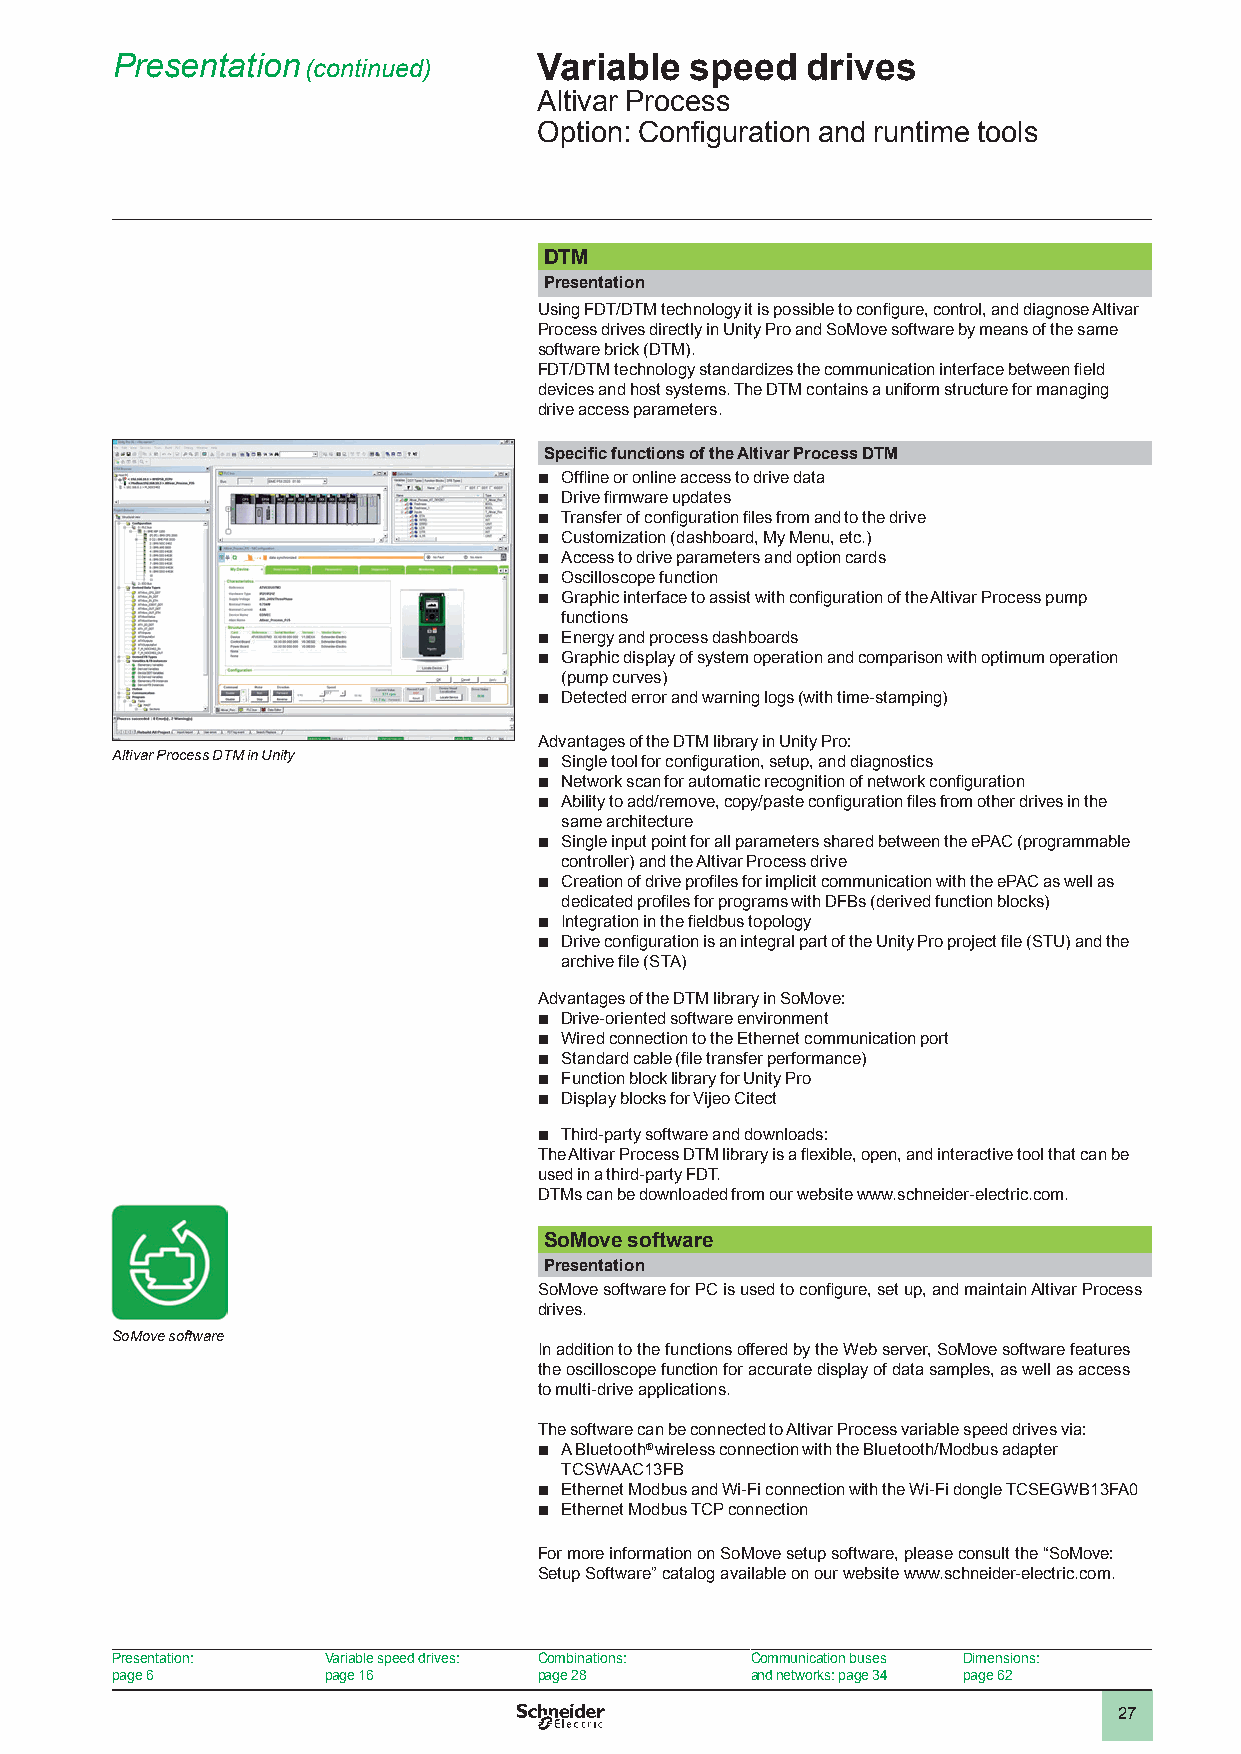
Presentation (continued)     Variable  speed  drives
 Altivar Process
 Option: Configuration and runtime tools
 DTM
 Presentation
 Using FDT/DTM technology it is possible to configure, control, and diagnose Altivar
 Process drives directly in Unity Pro and SoMove software by means of the same
 software brick (DTM).
 FDT/DTM technology standardizes the communication interface between field
 devices and host systems. The DTM contains a uniform structure for managing
 drive access parameters.
 Specific functions of the Altivar Process DTM
 b Offline or online access to drive data
 b Drive firmware updates
 b Transfer of configuration files from and to the drive
 b Customization (dashboard, My Menu, etc.)
 b Access to drive parameters and option cards
 b Oscilloscope function
 b Graphic interface to assist with configuration of the Altivar Process pump
 functions
 b Energy and process dashboards
 b Graphic display of system operation and comparison with optimum operation
 (pump curves)
 b Detected error and warning logs (with time-stamping)
 Advantages of the DTM library in Unity Pro:
 Altivar Process DTM in Unity b Single tool for configuration, setup, and diagnostics
 b Network scan for automatic recognition of network configuration
 b Ability to add/remove, copy/paste configuration files from other drives in the
 same architecture
 b Single input point for all parameters shared between the ePAC (programmable
 controller) and the Altivar Process drive
 b Creation of drive profiles for implicit communication with the ePAC as well as
 dedicated profiles for programs with DFBs (derived function blocks)
 b Integration in the fieldbus topology
 b Drive configuration is an integral part of the Unity Pro project file (STU) and the
 archive file (STA)
 Advantages of the DTM library in SoMove:
 b Drive-oriented software environment
 b Wired connection to the Ethernet communication port
 b Standard cable (file transfer performance)
 b Function block library for Unity Pro
 b Display blocks for Vijeo Citect
 b Third-party software and downloads:
 The Altivar Process DTM library is a flexible, open, and interactive tool that can be
 used in a third-party FDT.
 DTMs can be downloaded from our website www.schneider-electric.com.
 SoMove software
 Presentation
 SoMove software for PC is used to configure, set up, and maintain Altivar Process
 drives.
 SoMove software
 In addition to the functions offered by the Web server, SoMove software features
 the oscilloscope function for accurate display of data samples, as well as access
 to multi-drive applications.
 The software can be connected to Altivar Process variable speed drives via:
 b A Bluetooth® wireless connection with the Bluetooth/Modbus adapter
 TCSWAAC13FB
 b Ethernet Modbus and Wi-Fi connection with the Wi-Fi dongle TCSEGWB13FA0
 b Ethernet Modbus TCP connection
 For more information on SoMove setup software, please consult the “SoMove:
 Setup Software” catalog available on our website www.schneider-electric.com.
 Presentation:  Variable speed drives: Combinations: Communication buses Dimensions:
 page 6         page 16       page 28       and networks: page 34 page 62
 27